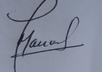
Signature authenticity: genuine